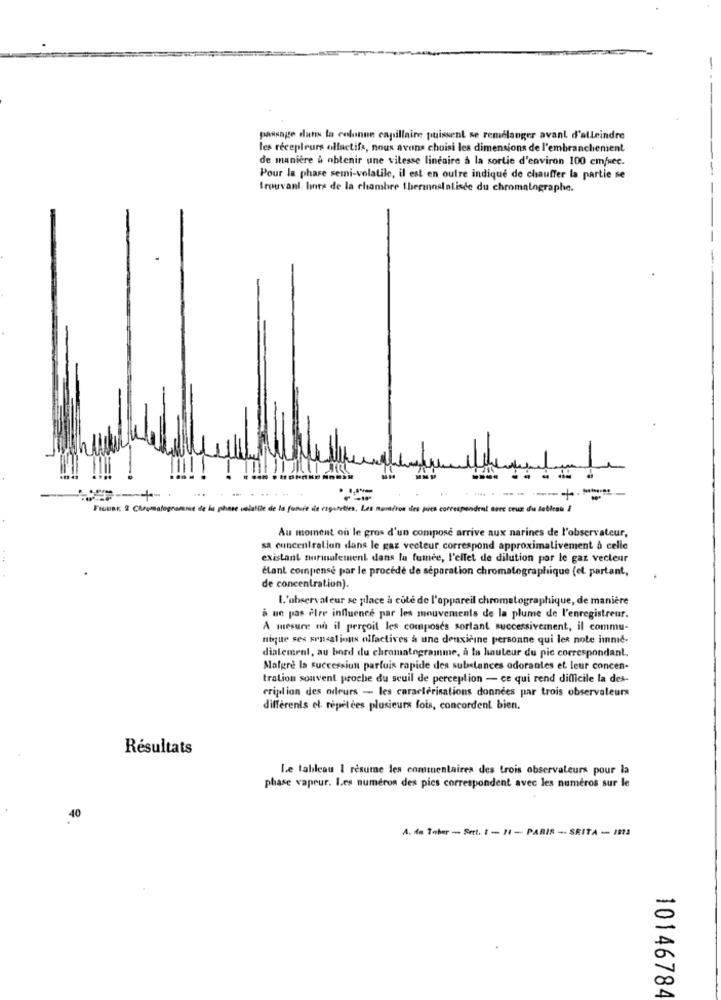
passage dans la colunun capillaire puissent se remélanger avant d'atteindre
les récepleurs olfactifs, nous avons choisi les dimensions de l'embranchement
de manière à obtenir une vitesse linéaire à la sortie d'environ 100 cm/sec.
Pour la phase semi-volatile, il est en outre indique de chauffer la partie se
trouvant lints de la chambre therinnslalisce du chromatographe.
volatile de la fun
numéros des pics correspondent tere ceux du lebleau /
Au moment on le gros d'un compose arrive aux narines de l'observateur,
sa concentration dans le gaz vecteur correspond approximativement à celle
existant tirinalement dans la fumée, l'effet de dilution por le gaz vecteur
étant compensé par le procede de séparation chromatographique (et partant,
de concentration).
L'observateur se place à cute de l'appareil chromatographique, de manière
à ue pas elre influence par les mouvements de la plume de l'enregistreur.
A mesure on il perçoit les composes sortant successivement, il commu-
nique ses sensations olfactives à une deuxièine personne qui les note imme-
dialement, au bord du chromatogramme, à la hauteur du pic correspondant.
Malgré la succession parfois rapide des substances odorantes et leur concen-
tration souvent proche du seuil de perception - ce qui rend difficile la des-
criplion des odeurs - les caracterisations données par trois observateurs
différents el répétées plusieurs fois, concordent bien.
Résultats
Le tableau 1 resume les commentaires des trois observateurs pour la
phase vapeur. Les numeron des pics correspondent avec les numéros sur le
40
A. da Tober - Sett. 1 - 11 - PARIS -. SRITA - 1912
10146784